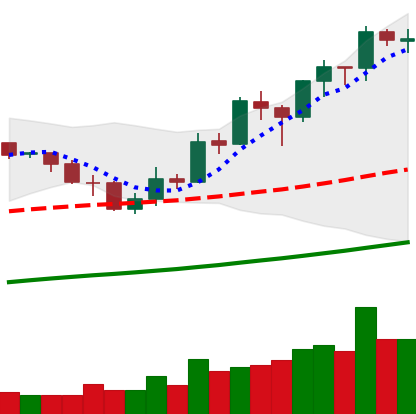
Ticker: BNB-USD
Chart end date: 2019-05-23
Forward return: 5.855%
Label: up_5_7